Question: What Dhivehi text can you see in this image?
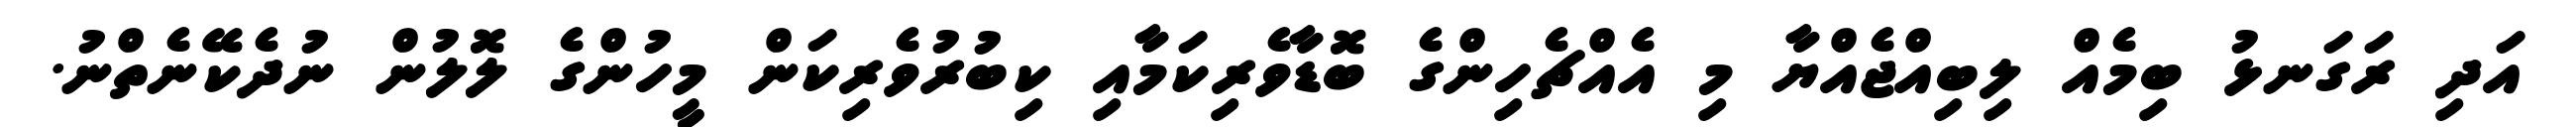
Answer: އަދި ރަގަނޅު ބިމެއް ލިބިއްޖެއްޔާ މި އެއްޗެހިންގެ ބޮޑާވެރިކަމާއި ކިބުރުވެރިކަން މީހުންގެ ލޮލުން ނުދެކޭނެތްނު.